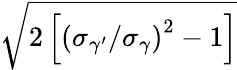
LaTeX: \sqrt{2\left[\left(\sigma_{\gamma^{\prime}}/\sigma_{\gamma}\right)^{2}-1\right]}